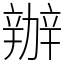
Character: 辦